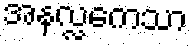
အနလ္လကေသာ